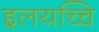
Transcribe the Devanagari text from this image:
इलयच्चि